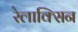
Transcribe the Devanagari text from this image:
रेलाक्सिन